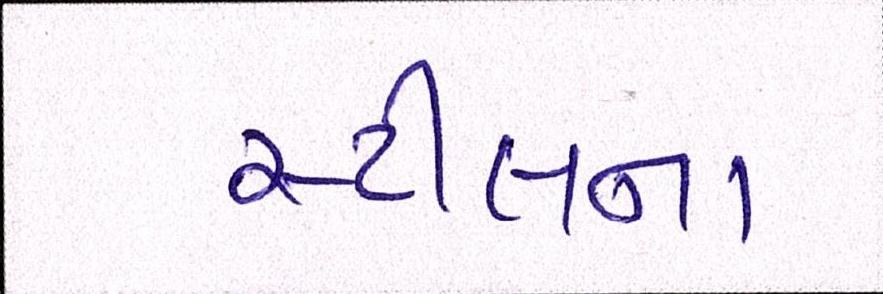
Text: સ્ટીલના